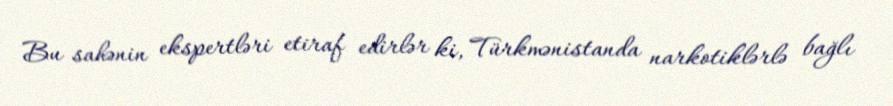
Bu sahənin ekspertləri etiraf edirlər ki, Türkmənistanda narkotiklərlə bağlı